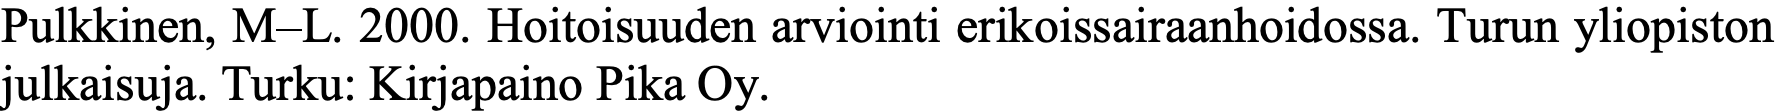
Pulkkinen, M–L. 2000. Hoitoisuuden arviointi erikoissairaanhoidossa. Turun yliopiston julkaisuja. Turku: Kirjapaino Pika Oy.